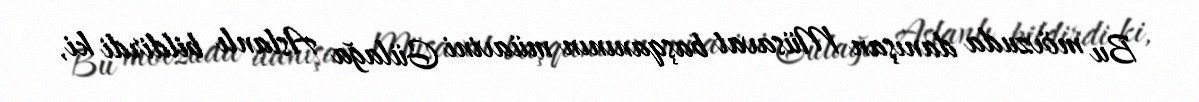
Bu mövzuda danışan Müsavat başqanının müavini Gülağa Aslanlı bildirdi ki,